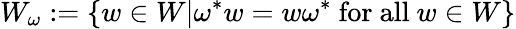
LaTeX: W_{\omega}:=\{ w\in W|\omega^{*}w=w\omega^{*}\mathrm{~for~all~}w\in W\}